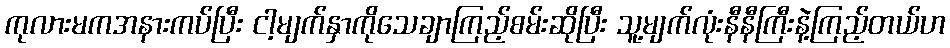
ကုလားမကအနားကပ်ပြီး ငါ့မျက်နှာကိုသေချာကြည့်စမ်းဆိုပြီး သူ့မျက်လုံးနီနီကြီးနဲ့ကြည့်တယ်ဟ